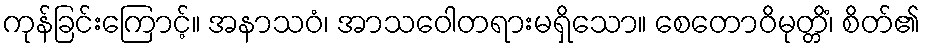
ကုန်ခြင်းကြောင့်။ အနာသဝံ၊ အာသဝေါတရားမရှိသော။ စေတောဝိမုတ္တိံ၊ စိတ်၏